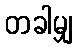
တခါမျှ